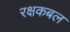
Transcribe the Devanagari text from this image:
रक्षकबल